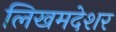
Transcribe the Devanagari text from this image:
लिखमदेशर